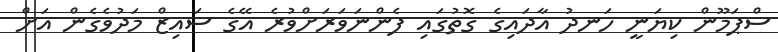
ސްޕަމޫން ކިޔަނީ ހަނދު އާދައިގެ ގޮތުގައި ފެންނަވަރަށްވުރެ އޭގެ ސައިޒް މަދުވެގެން އަށް